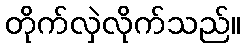
တိုက်လှဲလိုက်သည်။